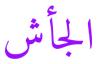
الجأش